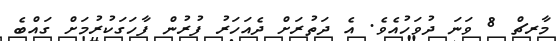
މާރޗް 8 ވަނަ ދުވަހުއެވެ. އެ ދަތުރަށް ދެއަހަރު ފުރުން ފާހަގަކުރުމަށް ގައްބެ